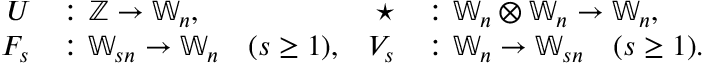
\begin{array} { r l r l } { U } & { \colon \mathbb { Z } \to \mathbb { W } _ { n } , } & { \star } & { \colon \mathbb { W } _ { n } \otimes \mathbb { W } _ { n } \to \mathbb { W } _ { n } , } \\ { F _ { s } } & { \colon \mathbb { W } _ { s n } \to \mathbb { W } _ { n } \quad ( s \geq 1 ) , } & { V _ { s } } & { \colon \mathbb { W } _ { n } \to \mathbb { W } _ { s n } \quad ( s \geq 1 ) . } \end{array}